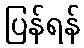
ပြန်ရန်